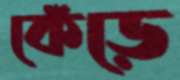
কেঁড়ে